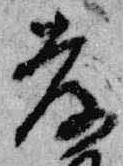
孝